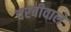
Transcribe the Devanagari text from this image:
चरबीवाले